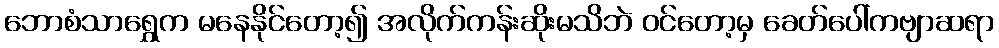
ဘောစံသာရွှေက မနေနိုင်တော့၍ အလိုက်ကန်းဆိုးမသိဘဲ ဝင်တော့မှ ခေတ်ပေါ်ကဗျာဆရာ